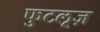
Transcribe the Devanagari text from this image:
फुटलूज़